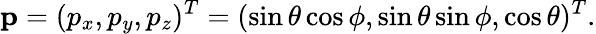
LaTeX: \mathbf{p}=(p_{x},p_{y},p_{z})^{T}=(\sin{\theta}\cos{\phi},\sin{\theta}\sin{\phi},\cos{\theta})^{T}.